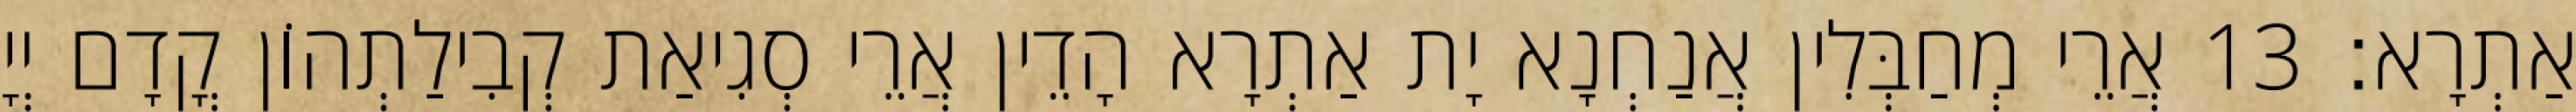
אַתְרָא׃ 13 אֲרֵי מְחַבְּלִין אֲנַחְנָא יָת אַתְרָא הָדֵין אֲרֵי סְגִיאַת קְבִילַתְהוֹן קֳדָם יְיָ